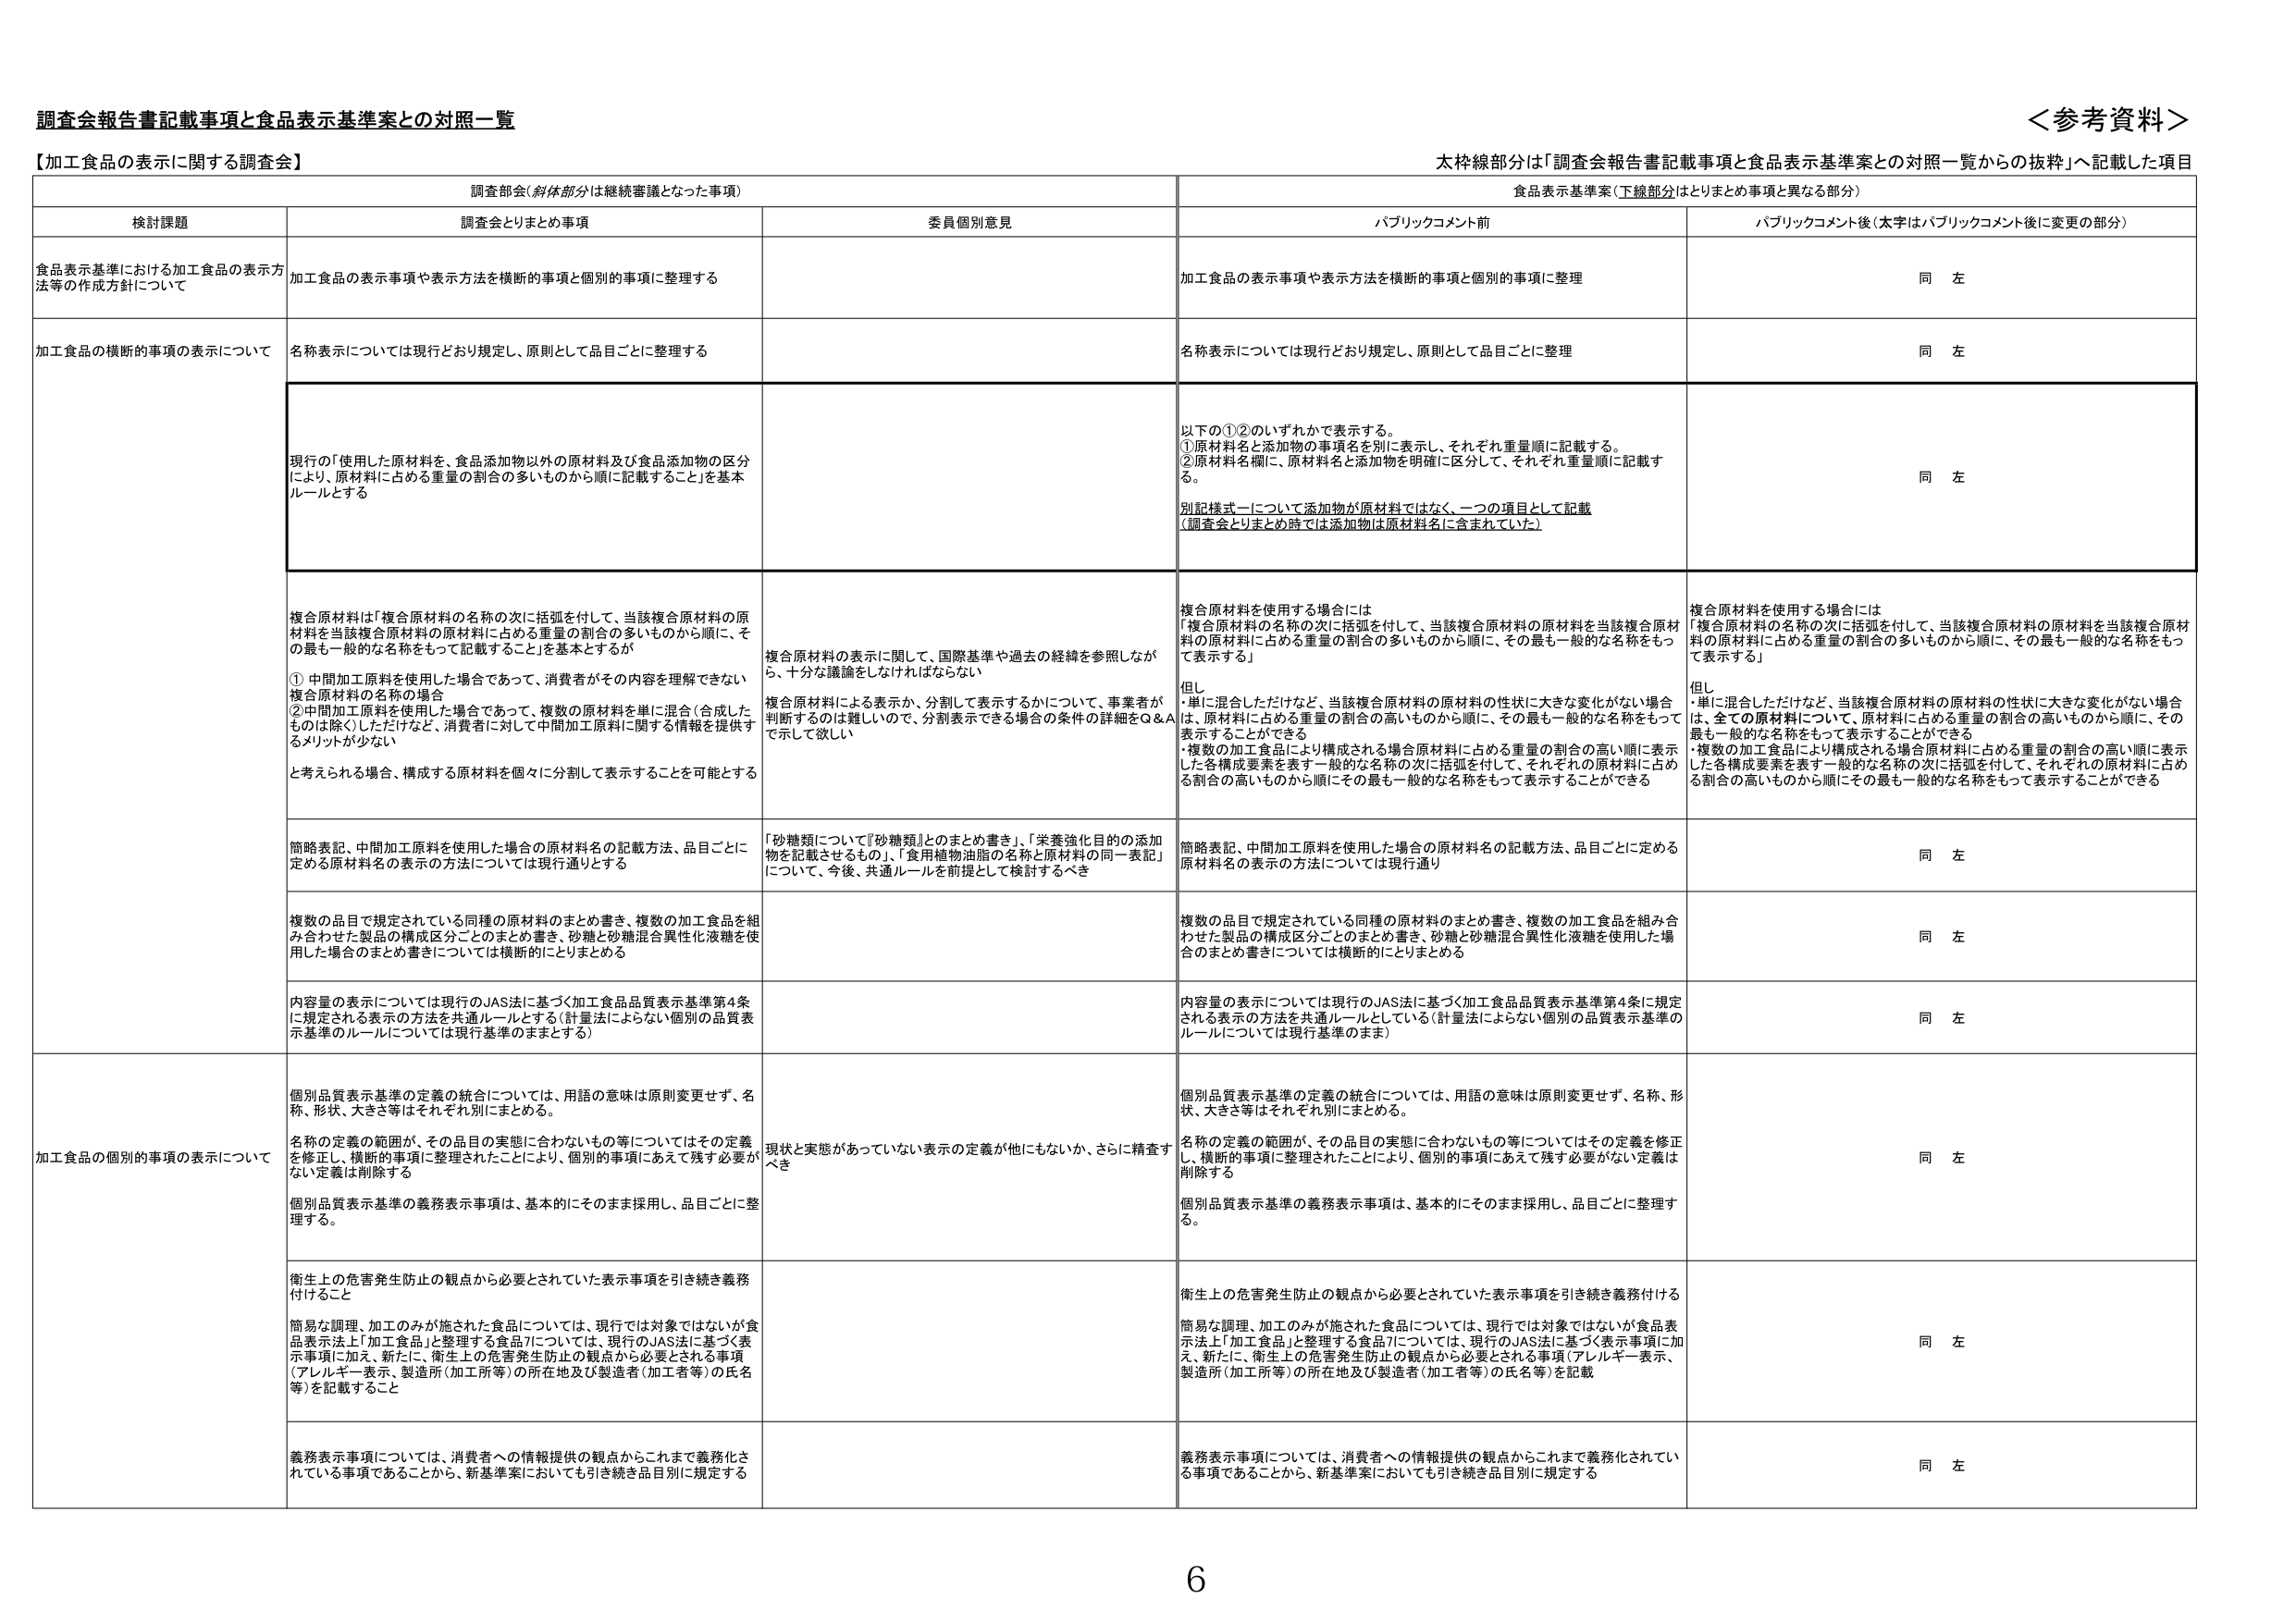
調査会報告書記載事項と食品表示基準案との対照一覧

＜参考資料＞

【加工食品の表示に関する調査会】

調査会（斜体部分は継続審議となった事項）

食品表示基準案（下線部分はとりまとめ事項と異なる部分）

検討課題

調査会とりまとめ事項

委員個別意見

パブリックコメント前

パブリックコメント後（太字はパブリックコメント後に変更の部分）

食品表示基準における加工食品の表示方法等の作成方針について

加工食品の表示事項や表示方法を横断的事項と個別的事項に整理する

加工食品の表示事項や表示方法を横断的事項と個別的事項に整理

同 左

加工食品の横断的事項の表示について

名称表示については現行どおり規定し、原則として品目ごとに整理する

名称表示については現行どおり規定し、原則として品目ごとに整理

同 左

現行の「使用した原材料を、食品添加物以外の原材料及び食品添加物の区分により、原材料に占める重量の割合の多いものから順に記載すること」を基本ルールとする

以下の①②のいずれかで表示する。
①原材料名と添加物の事項名を別に表示し、それぞれ重量順に記載する。
②原材料名欄に、原材料名と添加物を明確に区分して、それぞれ重量順に記載する。

別記様式一について添加物が原材料ではなく、一つの項目として記載
（調査会とりまとめ時は添加物は原材料名に含まれていた）

同 左

複合原材料は「複合原材料の名称の次に括弧を付して、当該複合原材料の原材料を当該複合原材料の原材料に占める重量の割合の多いものから順に、その最も一般的な名称をもって記載すること」を基本とするが

①中間加工原料を使用した場合であって、消費者がその内容を理解できない複合原材料の名称の場合
②中間加工原料を使用した場合であって、複数の原材料を単に混合（合成したものは除く）しただけなど、消費者に対して中間加工原料に関する情報を提供するメリットが少ない

と考えられる場合、構成する原材料を個々に分割して表示することを可能とする

複合原材料の表示に関して、国際基準や過去の経緯を参照しなが ら、十分な議論をしなければならない

複合原材料による表示か、分割して表示するかについて、事業者が判断するのは難しいので、分割表示できる場合の条件の詳細をQ＆A で示して欲しい

複合原材料を使用する場合には
「複合原材料の名称の次に括弧を付して、当該複合原材料の原材料を当該複合原材料の原材料に占める重量の割合の多いものから順に、その最も一般的な名称をもって表示する」

但し
・単に混合しただけなど、当該複合原材料の原材料の性状に大きな変化がない場合は、原材料に占める重量の割合の高いものから順に、その最も一般的な名称をもって表示することができる
・複数の加工食品により構成される場合原材料に占める重量の割合の高い順に表示した各構成要素を表す一般的な名称の次に括弧を付して、それぞれの原材料に占める割合の高いものから順にその最も一般的な名称をもって表示することができる

複合原材料を使用する場合には
「複合原材料の名称の次に括弧を付して、当該複合原材料の原材料を当該複合原材料の原材料に占める重量の割合の多いものから順に、その最も一般的な名称をもって表示する」

但し
・単に混合しただけなど、当該複合原材料の原材料の性状に大きな変化がない場合は、全ての原材料について、原材料に占める重量の割合の高いものから順に、その最も一般的な名称をもって表示することができる
・複数の加工食品により構成される場合原材料に占める重量の割合の高い順に表示した各構成要素を表す一般的な名称の次に括弧を付して、それぞれの原材料に占める割合の高いものから順にその最も一般的な名称をもって表示することができる

簡略表記、中間加工原料を使用した場合の原材料名の記載方法、品目ごとに定める原材料名の表示の方法については現行通りとする

「砂糖類について『砂糖類』とのまとめ書き」、「栄養強化目的の添加物を記載させるもの」、「食用植物油脂の名称と原材料の同一表記」について、今後、共通ルールを前提として検討するべき

簡略表記、中間加工原料を使用した場合の原材料名の記載方法、品目ごとに定める原材料名の表示の方法については現行通り

同 左

複数の品目で規定されている同種の原材料のまとめ書き、複数の加工食品を組み合わせた製品の構成区分ごとのまとめ書き、砂糖と砂糖混合異性化液糖を使用した場合のまとめ書きについては横断的にとりまとめる

複数の品目で規定されている同種の原材料のまとめ書き、複数の加工食品を組み合わせた製品の構成区分ごとのまとめ書き、砂糖と砂糖混合異性化液糖を使用した場合のまとめ書きについては横断的にとりまとめる

同 左

内容量の表示については現行のJAS法に基づく加工食品品質表示基準第4条に規定される表示の方法を共通ルールとする（計量法によらない個別の品質表示基準のルールについては現行基準のままとする）

内容量の表示については現行のJAS法に基づく加工食品品質表示基準第4条に規定される表示の方法を共通ルールとしている（計量法によらない個別の品質表示基準のルールについては現行基準のまま）

同 左

加工食品の個別の事項の表示について

個別品質表示基準の定義の統合については、用語の意味は原則変更せず、名称、形状、大きさ等はそれぞれ別にまとめる。

名称の定義の範囲が、その品目の実態に合わないもの等についてはその定義を修正し、横断的事項に整理されたことにより、個別の事項にあえて残す必要がない定義は削除する

個別品質表示基準の義務表示事項は、基本的にそのまま採用し、品目ごとに整理する。

現状と実態があっている表示の定義が他にもないか、さらに精査すべき

個別品質表示基準の定義の統合については、用語の意味は原則変更せず、名称、形状、大きさ等はそれぞれ別にまとめる。

名称の定義の範囲が、その品目の実態に合わないもの等についてはその定義を修正し、横断的事項に整理されたことにより、個別の事項にあえて残す必要がない定義は削除する

個別品質表示基準の義務表示事項は、基本的にそのまま採用し、品目ごとに整理する。

同 左

衛生上の危害発生防止の観点から必要とされていた表示事項を引き続き義務付けること

簡易な調理、加工のみが施された食品については、現行では対象ではないが食品表示法上「加工食品」と整理する食品7については、現行のJAS法に基づく表示事項に加え、新たに、衛生上の危害発生防止の観点から必要とされる事項（アレルギー表示、製造所（加工所等）の所在地及び製造者（加工者等）の氏名等）を記載すること

衛生上の危害発生防止の観点から必要とされていた表示事項を引き続き義務付ける

簡易な調理、加工のみが施された食品については、現行では対象ではないが食品表示法上「加工食品」と整理する食品7については、現行のJAS法に基づく表示事項に加え、新たに、衛生上の危害発生防止の観点から必要とされる事項（アレルギー表示、製造所（加工所等）の所在地及び製造者（加工者等）の氏名等）を記載

同 左

義務表示事項については、消費者への情報提供の観点からこれまで義務化されている事項であることから、新基準案においても引き続き品目別に規定する

義務表示事項については、消費者への情報提供の観点からこれまで義務化されている事項であることから、新基準案においても引き続き品目別に規定する

同 左

6

太枠線部分は「調査会報告書記載事項と食品表示基準案との対照一覧からの抜粋」へ記載した項目